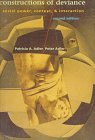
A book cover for Constructions of Deviance: Social Power, Context, and Interaction; Patricia A. Adler; Sports & Outdoors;